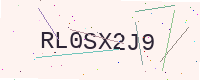
Text: RL0SX2J9